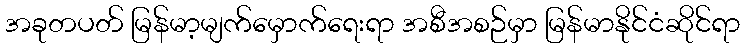
အခုတပတ် မြန်မာ့မျက်မှောက်ရေးရာ အစီအစဉ်မှာ မြန်မာနိုင်ငံဆိုင်ရာ